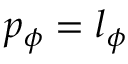
p _ { \phi } = l _ { \phi }